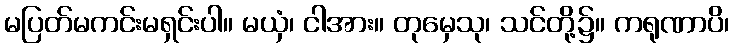
မပြတ်မကင်းမရှင်းပါ။ မယှံ၊ ငါအား။ တုမှေသု၊ သင်တို့၌။ ကရုဏာပိ၊